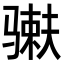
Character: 𬴇